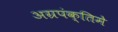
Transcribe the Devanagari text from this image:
अग्रपंक्तिमे